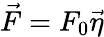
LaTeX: \vec{F}=F_{0}\vec{\eta}